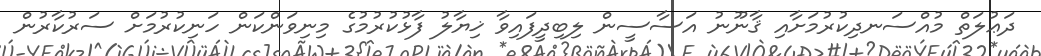
ދަޢުލަތް މުއްސަނދިކުރުމަށާއި ޤާނޫނު އަސާސީން ލިބިދީފައިވާ ޚިޔާލު ފާޅުކުރުމުގެ މިނިވަންކަން ހަނިކުރުމަށް ސަރުކާރުން